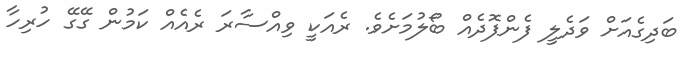
ބަދިގެއަށް ވަދެލީ ފެންފޮދެއް ބޯލުމަށެވެ. ރެއަކީ ވިއްސާރަ ރެއެއް ކަމުން ގޭގޭ ހުރިހާ